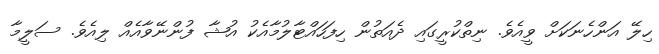
ހިލޭ އަންހެނަކަށް ވީއެވެ. ނިތްކުރީގައި ދެއަތުން ހިފަހައްޓާލުމާއެކު އުޝާ ފުންނޭވާއެއް ލިއެވެ. ސަލީމާ